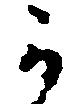
か